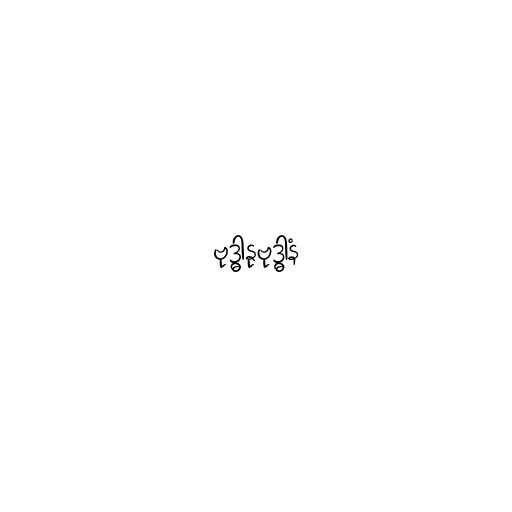
ဗုဒ္ဓါနုဗုဒ္ဓါနံ